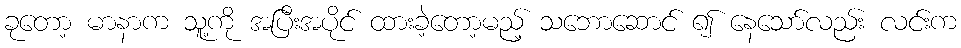
ခုတော့ မာနာက သူ့ကို အပြီးအပိုင် ထားခဲ့တော့မည့် သဘောဆောင် ၍ နေသော်လည်း လင်းက